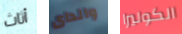
أثاث والداى الكوليرا